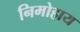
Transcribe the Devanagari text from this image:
निमोहाय